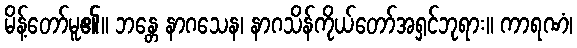
မိန့်တော်မူ၏။ ဘန္တေ နာဂသေန၊ နာဂသိန်ကိုယ်တော်အရှင်ဘုရား။ ကာရဏံ၊